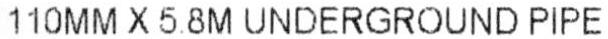
110MM X 5.8M UNDERGROUND PIPE